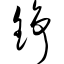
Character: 铮